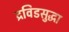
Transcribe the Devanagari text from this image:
द्रविडसुद्धा